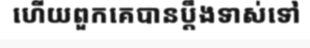
ហើយពួកគេបានប្តឹងទាស់ទៅ